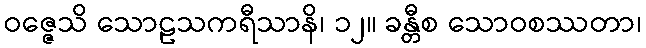
ဝဇ္ဇေသိ သောဠသကရီသာနိ၊ ၁၂။ ခန္တီစ သောဝစဿတာ၊